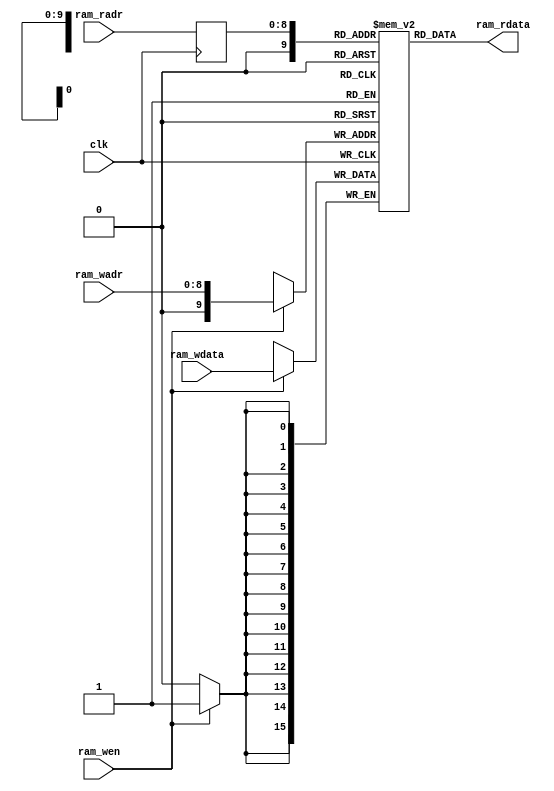
/*
 * My Systolic array
 *   ram for buffers
 *    Verilog code
 * @auther      Yoshiki Kurokawa <yoshiki.k963@gmail.com>
 * @copylight   2023 Yoshiki Kurokawa
 * @license     https://opensource.org/licenses/MIT     MIT license
 * @version     0.1
 */

module buf_1r1w(
	input clk,
	input [8:0] ram_radr,
	output [15:0] ram_rdata,
	input [8:0] ram_wadr,
	input [15:0] ram_wdata,
	input ram_wen
	);

// 16x1024 1r1w RAM
reg[15:0] ram[0:512];
reg[8:0] radr;

always @ (posedge clk) begin
	if (ram_wen)
		ram[ram_wadr] <= ram_wdata;
	radr <= ram_radr;
end

assign ram_rdata = ram[radr];

endmodule